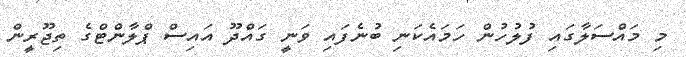
މި މައްސަލާގައި ފުލުހުން ހަމައެކަނި ބުނެފައި ވަނީ ގައްދޫ އައިސް ޕްލާންޓްގެ ތިޖޫރީން